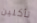
تأكلين